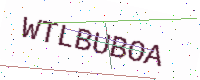
Text: WTLBUBOA